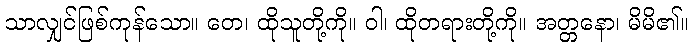
သာလျှင်ဖြစ်ကုန်သော။ တေ၊ ထိုသူတို့ကို။ ဝါ၊ ထိုတရားတို့ကို။ အတ္တနော၊ မိမိ၏။